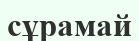
сұрамай